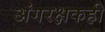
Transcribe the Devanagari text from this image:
अंगरक्षकही